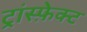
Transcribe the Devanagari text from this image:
ट्रांस्फ़ेक्ट